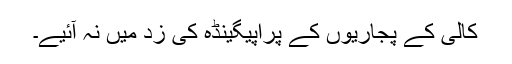
کالی کے پجاریوں کے پراپیگینڈہ کی زد میں نہ آئیے۔